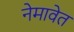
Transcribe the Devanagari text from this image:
नेमावेत